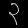
Digit: ၃